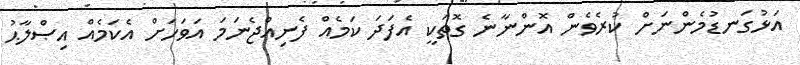
އަޅުގަނޑުމެންނަށް ކުރެވެން އޮންނާނެ ގޮތަކީ އެފަދަ ކަމެއް ފެނިއްޖެނަމަ އަވަހަށް އެކަމެއް އިޞްލާޙު